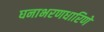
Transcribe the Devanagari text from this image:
घनाभरणधारिणे